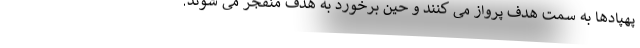
پهپادها به سمت هدف پرواز می کنند و حین برخورد به هدف منفجر می شوند.